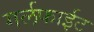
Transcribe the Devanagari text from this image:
गर्लफाईट